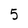
Character: 5